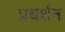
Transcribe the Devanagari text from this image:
प्रधर्शन